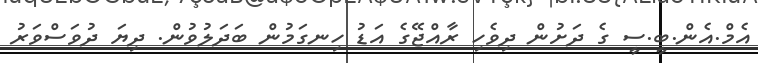
އެމް.އެން.ބީ.ސީ ގެ ދަށުން ދިވެހި ރާއްޖޭގެ އަޑު ހިނގަމުން ބަދަލުވުން. ދިޔަ ދުވަސްވަރު